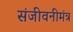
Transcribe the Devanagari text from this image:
संजीवनीमंत्र